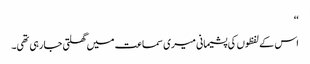
‘‘
اس کے لفظوں کی پشیمانی میری سماعت میں گھلتی جا رہی تھی۔